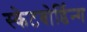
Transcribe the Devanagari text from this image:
स्केटबोर्डिन्ग